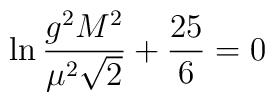
\ln\frac{g^2M^2}{\mu^2\sqrt2}+\frac{25}{6}=0